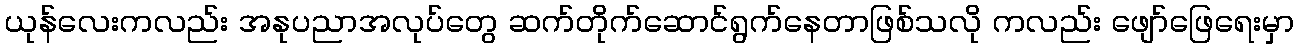
ယုန်လေးကလည်း အနုပညာအလုပ်တွေ ဆက်တိုက်ဆောင်ရွက်နေတာဖြစ်သလို ကလည်း ဖျော်ဖြေရေးမှာ